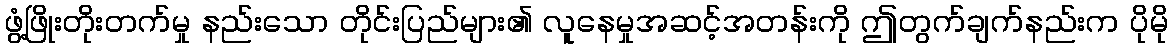
ဖွံ့ဖြိုးတိုးတက်မှု နည်းသော တိုင်းပြည်များ၏ လူနေမှုအဆင့်အတန်းကို ဤတွက်ချက်နည်းက ပိုမို